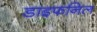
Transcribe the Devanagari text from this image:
डाइफनिल